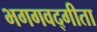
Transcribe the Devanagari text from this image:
भगगवद्गीता